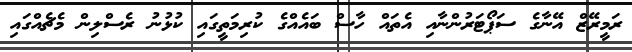
ރަމީރޭޒް އޭނާގެ ސަޕޯޓަރުންނާއި އެތައް ހާސް ބައެއްގެ ކުރިމަތީގައި ކުޅުނު ރެސްލިން މެޗެއްގައި